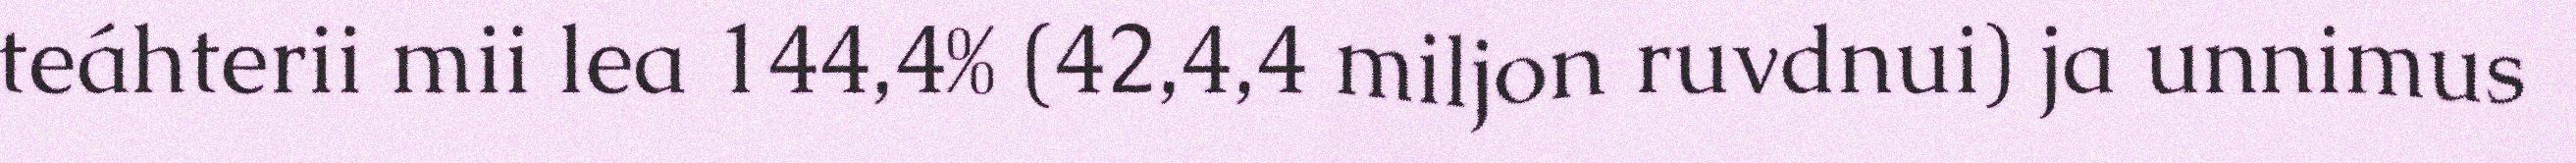
teáhterii mii lea 144,4% (42,4,4 miljon ruvdnui) ja unnimus